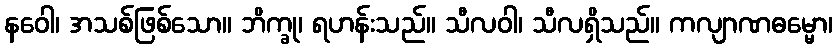
နဝေါ၊ အသစ်ဖြစ်သော။ ဘိက္ခု၊ ရဟန်းသည်။ သီလဝါ၊ သီလရှိသည်။ ကလျာဏဓမ္မော၊